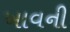
ખાવની